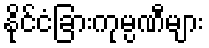
နိုင်ငံခြားကုမ္ပဏီများ